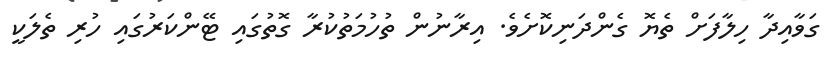
ގަވާއިދާ ހިލާފަށް ތެޔޮ ގެންދަނިކޮށެވެ. އިރާނުން ތުހުމަތުކުރާ ގޮތުގައި ޓޭންކަރުގައި ހުރި ތެލަކީ